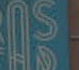
15